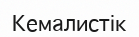
Кемалистік